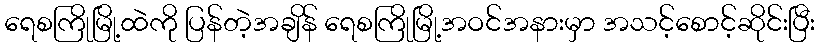
ရေစကြိုမြို့ထဲကို ပြန်တဲ့အချိန် ရေစကြိုမြို့အဝင်အနားမှာ အသင့်စောင့်ဆိုင်းပြီး